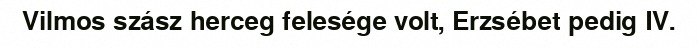
Vilmos szász herceg felesége volt, Erzsébet pedig IV.